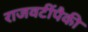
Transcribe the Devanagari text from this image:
राजवटींपैकी